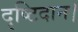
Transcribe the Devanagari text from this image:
दृष्टिदान।